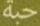
حبة